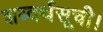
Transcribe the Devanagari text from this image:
शब्दर्थसूची।